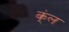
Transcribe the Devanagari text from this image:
क्ंल